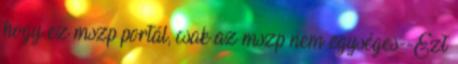
hogy ez mszp portál, csak az mszp nem egységes--Ezt